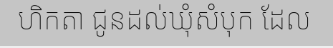
ហិកតា ជូនដល់ឃុំសំបុក ដែល